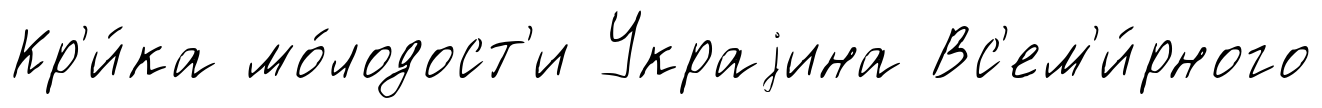
Кр'и́ка мо́лодост'и Украjина Вс'ем'и́рного